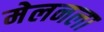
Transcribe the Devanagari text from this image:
मेलनला